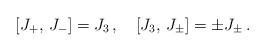
LaTeX: \begin{align*}\left[ J_{+},\,J_{-}\right] =J_3\,,\quad \left[ J_3,\,J_{\pm}\right] =\pm J_{\pm}\,.\end{align*}